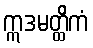
ဣဒမတ္ထိကံ